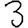
Digit: 3